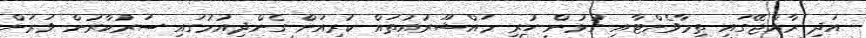
އަދި ރާއްޖޭގައި ތިމާވެށްޓާއި ގުޅުން ހުރި މައްޝޫރުއުތައް ކުރިއަށް ގެންދިއުމުގައި ސަރުކާރުން ވަރަށް